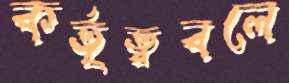
কর্তৃত্ববলে